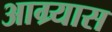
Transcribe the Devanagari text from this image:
आग्र्यास